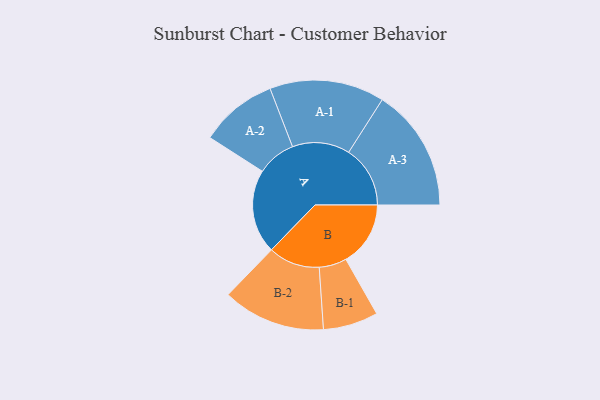
{"axis": {"x": "Segment", "y": "Value"}, "legend": ["", "A", "B"], "data": [{"x": "A", "y": 351, "type": ""}, {"x": "B", "y": 270, "type": ""}, {"x": "A-1", "y": 240, "type": "A"}, {"x": "A-2", "y": 162, "type": "A"}, {"x": "A-3", "y": 257, "type": "A"}, {"x": "B-1", "y": 115, "type": "B"}, {"x": "B-2", "y": 215, "type": "B"}]}